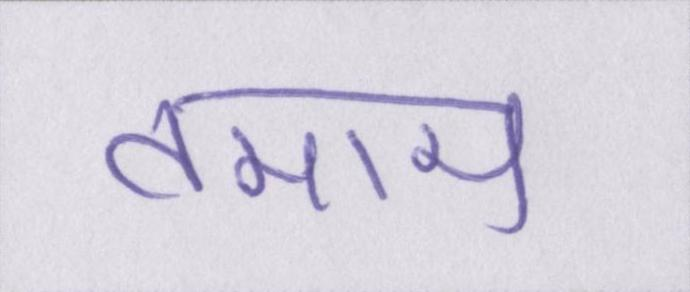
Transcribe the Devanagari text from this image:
तमाम